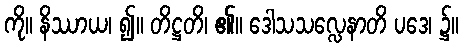
ကို။ နိဿာယ၊ ၍။ တိဋ္ဌတိ၊ ၏။ ဒေါသသလ္လေနာတိ ပဒေ၊ ၌။